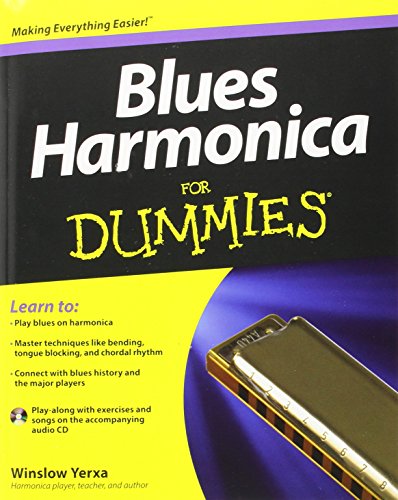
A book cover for Blues Harmonica For Dummies; Winslow Yerxa; Humor & Entertainment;